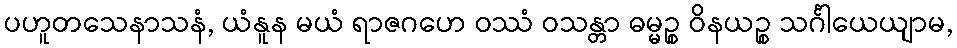
ပဟူတသေနာသနံ, ယံနူန မယံ ရာဇဂဟေ ဝဿံ ဝသန္တာ ဓမ္မဉ္စ ဝိနယဉ္စ သင်္ဂါယေယျာမ,